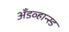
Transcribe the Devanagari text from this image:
अँडव्हान्स्ड